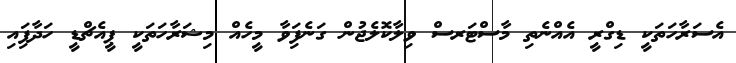
އެސަަރާހަތަކީ ޑިގްރީ އެއްނެތި މާސްޓަރސް ވިލާކޮލެޖުން ގަނެފަިވާ މީހެއް މިޝަރާހަތަކީ ޕީއެޗްޑީ ހަދާފަިއި